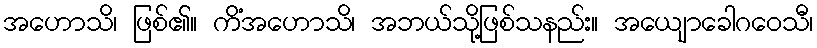
အဟောသိ၊ ဖြစ်၏။ ကိံအဟောသိ၊ အဘယ်သို့ဖြစ်သနည်း။ အယျောခေါဂဝေသီ၊